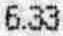
6.33